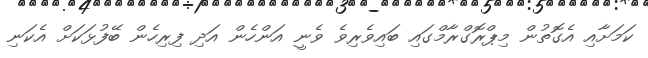
ކަމަށާއި އެގޮތުން މިޕްރޮގްރާމްގައި ބައިވެރިވެ ވެނީ އަންހެން އަދި ފިރިހެން ބޭފުޅަކަށް އެކަނި